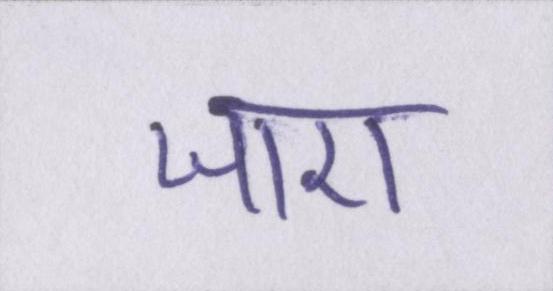
जाए